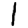
Digit: 1